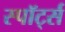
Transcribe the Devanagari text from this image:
स्पॉर्ट्स